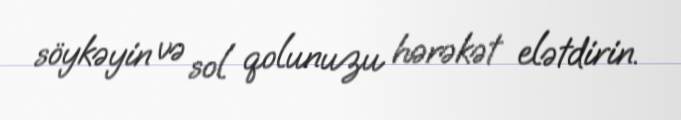
söykəyin və sol qolunuzu hərəkət elətdirin.